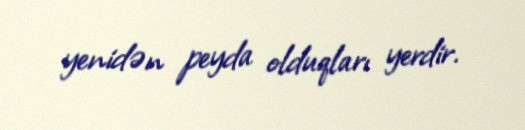
yenidən peyda olduqları yerdir.